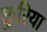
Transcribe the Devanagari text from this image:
छूरिया